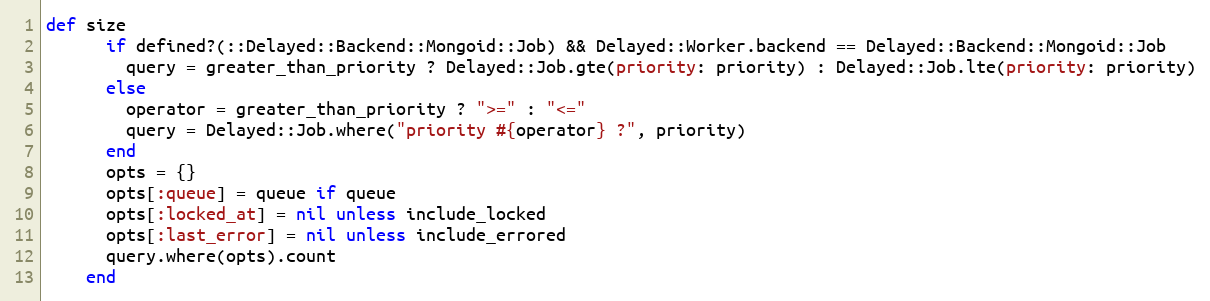
Language: Ruby
def size
      if defined?(::Delayed::Backend::Mongoid::Job) && Delayed::Worker.backend == Delayed::Backend::Mongoid::Job
        query = greater_than_priority ? Delayed::Job.gte(priority: priority) : Delayed::Job.lte(priority: priority)
      else
        operator = greater_than_priority ? ">=" : "<="
        query = Delayed::Job.where("priority #{operator} ?", priority)
      end
      opts = {}
      opts[:queue] = queue if queue
      opts[:locked_at] = nil unless include_locked
      opts[:last_error] = nil unless include_errored
      query.where(opts).count
    end